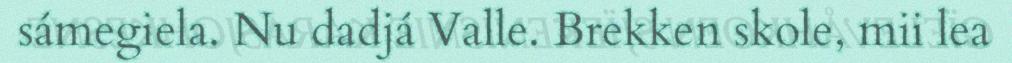
sámegiela. Nu dadjá Valle. Brekken skole, mii lea